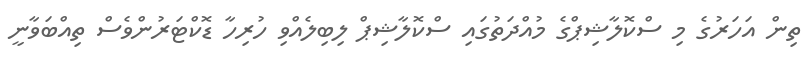
ތިން އަހަރުގެ މި ސްކޮލާޝިޕްގެ މުއްދަތުގައި ސްކޮލާޝިޕް ލިބިލެއްވި ހުރިހާ ޑޮކްޓަރުންވެސް ތިއްބަވާނީ